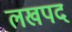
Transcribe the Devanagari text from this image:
लखपद